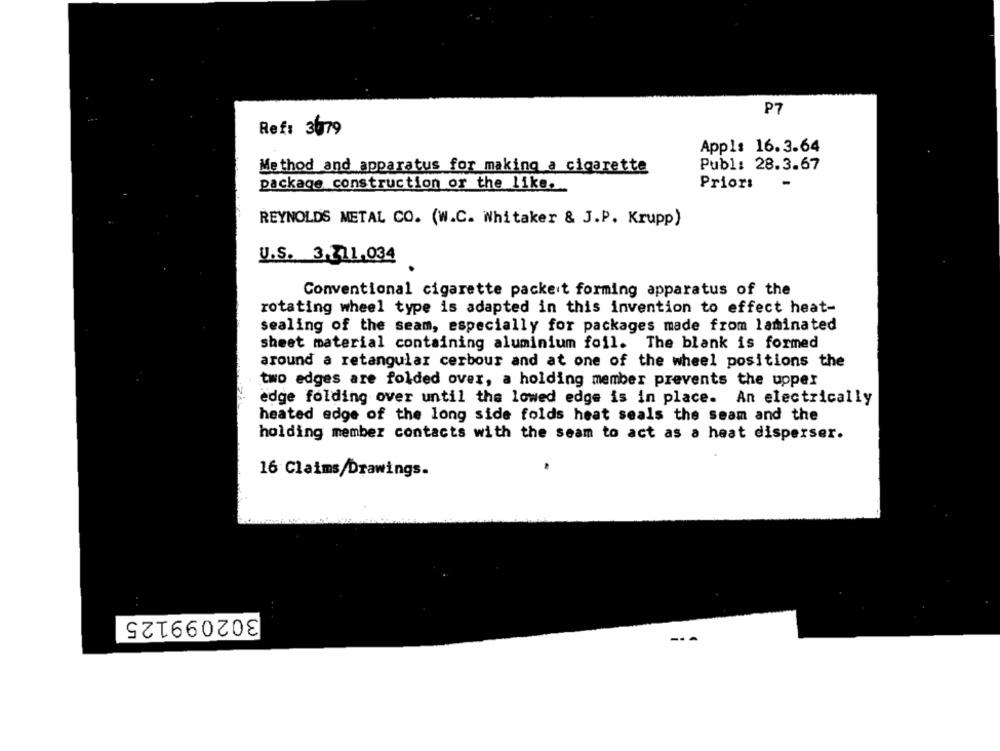
P7
Ref: 3079
App1: 16.3.64
Publ: 28.3.67
Method and apparatus for making a cigarette
package construction or the like.
Priors
REYNOLDS METAL CO. (W.C. Whitaker & J.P. Krupp)
U.S. 3.311.034
Conventional cigarette packet forming apparatus of the
rotating wheel type is adapted in this invention to effect heat-
sealing of the seam, especially for packages made from laminated
sheet material containing aluminium foil. The blank is formed
around a retangular cerbour and at one of the wheel positions the
two edges are folded over, a holding member prevents the upper
edge folding over until the lowed edge is in place.
An electrically
heated edge of the long side folds heat seals the seam and the
holding member contacts with the seam to act as a heat disperser.
16 Claims Drawings.
302099125
--